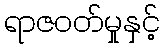
ရာဇဝတ်မှုနှင့်